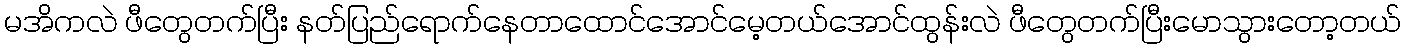
မအိကလဲ ဖီတွေတက်ပြီး နတ်ပြည်ရောက်နေတာထောင်အောင်မေ့တယ်အောင်ထွန်းလဲ ဖီတွေတက်ပြီးမောသွားတော့တယ်